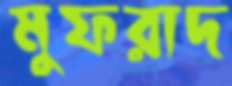
মুফরাদ